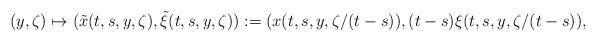
LaTeX: \begin{align*}(y,\zeta)\mapsto (\tilde{x}(t,s,y,\zeta),\tilde{\xi}(t,s,y,\zeta)):=(x(t,s,y,\zeta/(t-s)),(t-s)\xi(t,s,y,\zeta/(t-s)),\end{align*}